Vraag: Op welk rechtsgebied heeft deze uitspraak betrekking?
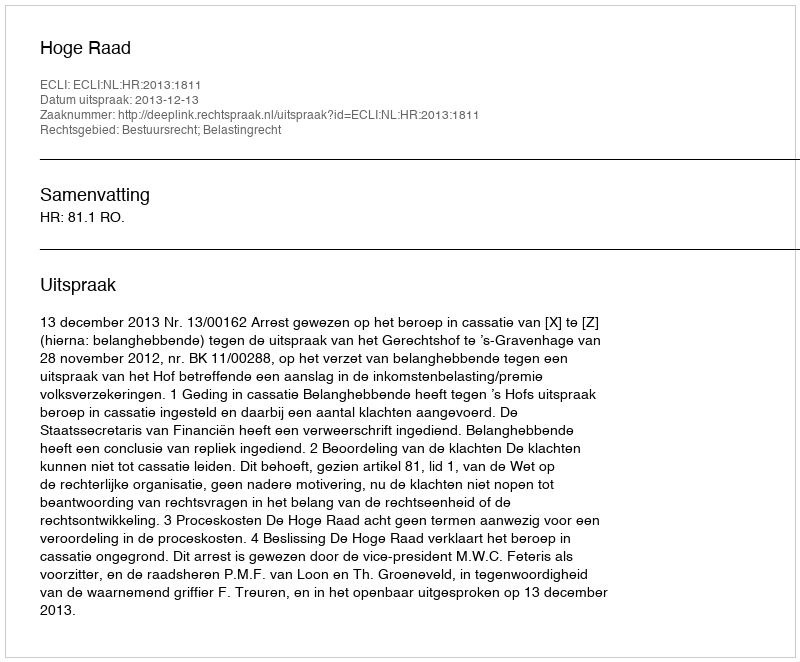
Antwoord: Bestuursrecht; Belastingrecht